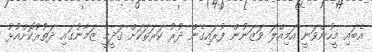
އެބައި މީހުންވަނީ އަމިއްލަ ވަޒަނުން ފުރައިގެން ދުރު ކަރަތަކަށް ޤަދީމީ ޒަމާނުގައި ދަތުރުކޮށްއުޅު